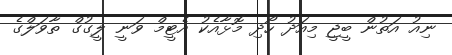
ނިއު އަތުން ބީޖީ މިއަދު ހޯދި މޮޅާއެކު އެޓީމް ވަނީ ލީގުގް ތާވަލްގެ